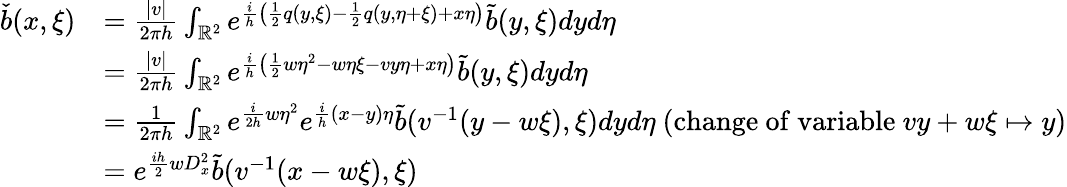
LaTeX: \begin{array}{rl}{\check{b}(x,\xi)}&{=\frac{|v|}{2\pi h}\int_{\mathbb{R}^{2}}e^{\frac{i}{h}\left(\frac{1}{2}q(y,\xi)-\frac{1}{2}q(y,\eta+\xi)+x\eta\right)}\tilde{b}(y,\xi)dyd\eta}\\ &{=\frac{|v|}{2\pi h}\int_{\mathbb{R}^{2}}e^{\frac{i}{h}\left(\frac{1}{2}w\eta^{2}-w\eta\xi-vy\eta+x\eta\right)}\tilde{b}(y,\xi)dyd\eta}\\ &{=\frac{1}{2\pi h}\int_{\mathbb{R}^{2}}e^{\frac{i}{2h}w\eta^{2}}e^{\frac{i}{h}(x-y)\eta}\tilde{b}(v^{-1}(y-w\xi),\xi)dyd\eta\mathrm{~(\mathrm{change~of~variable~}}vy+w\xi\mapsto y)}\\ &{=e^{\frac{ih}{2}wD_{x}^{2}}\tilde{b}(v^{-1}(x-w\xi),\xi)}\end{array}